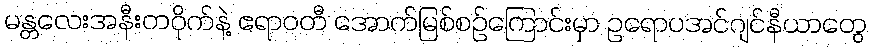
မန္တလေးအနီးတဝိုက်နဲ့ ဧရာဝတီ အောက်မြစ်စဉ်ကြောင်းမှာ ဥရောပအင်ဂျင်နီယာတွေ